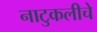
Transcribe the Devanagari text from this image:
नाटुकलीचे